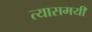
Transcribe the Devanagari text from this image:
त्यासमयी